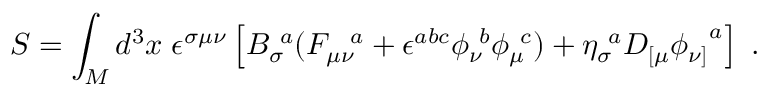
S = \int _ { M } d ^ { 3 } x \; \epsilon ^ { \sigma \mu \nu } \left[ { B _ { \sigma } } \! ^ { a } ( { F _ { \mu \nu } } \! ^ { a } + \epsilon ^ { a b c } { \phi _ { \nu } } \! ^ { b } { \phi _ { \mu } } \! ^ { c } ) + { \eta _ { \sigma } } \! ^ { a } D _ { [ \mu } { \phi _ { \nu ] } } ^ { a } \right] \; .